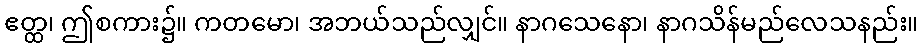
ဧတ္ထ၊ ဤစကား၌။ ကတမော၊ အဘယ်သည်လျှင်။ နာဂသေနော၊ နာဂသိန်မည်လေသနည်း။